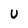
Character: u